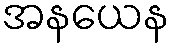
အနယေန